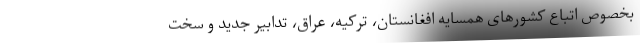
بخصوص اتباع کشورهای همسایه افغانستان، ترکیه، عراق، تدابیر جدید و سخت